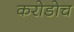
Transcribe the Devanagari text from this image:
करोडोच